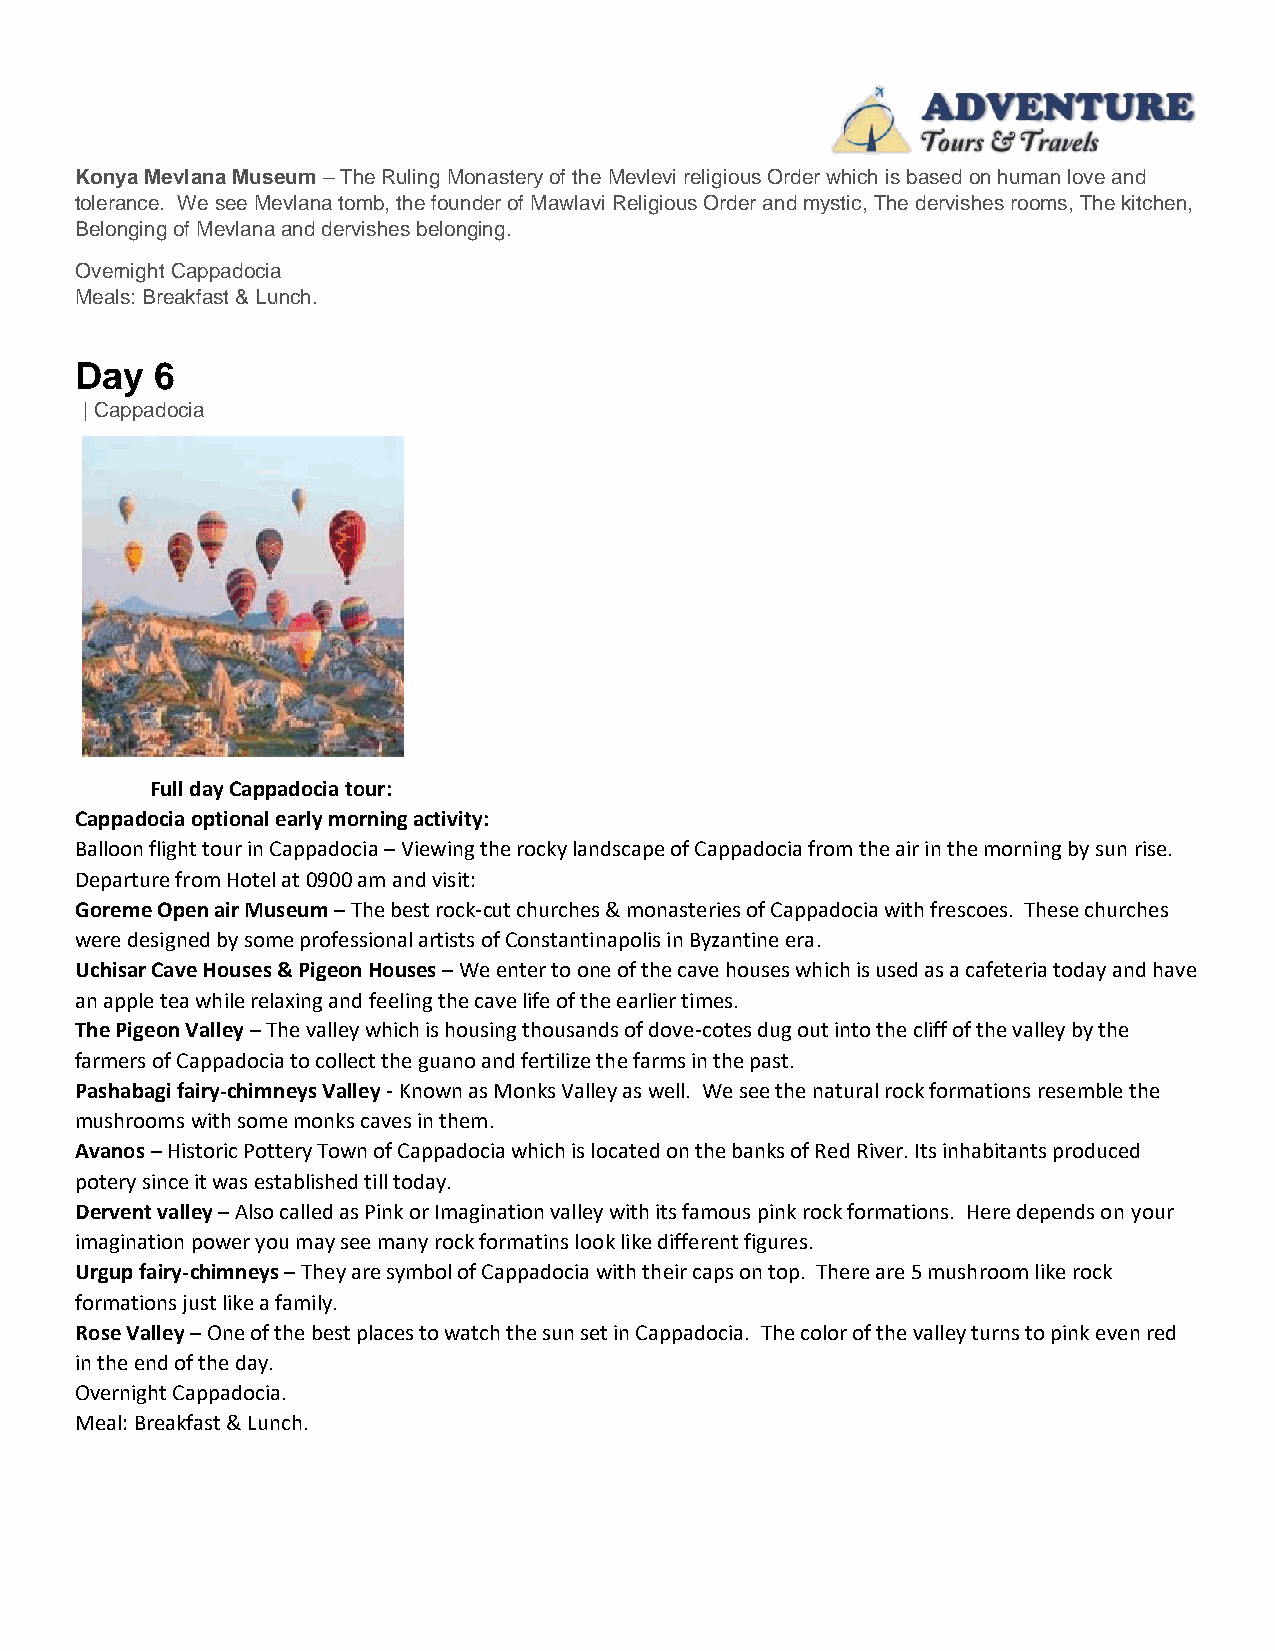
Konya Mevlana Museum – The Ruling Monastery of the Mevlevi religious Order which is based on human love and
 tolerance. We see Mevlana tomb, the founder of Mawlavi Religious Order and mystic, The dervishes rooms, The kitchen,
 Belonging of Mevlana and dervishes belonging.
 Overnight Cappadocia
 Meals: Breakfast & Lunch.
 Day  6
 | Cappadocia
 Full day Cappadocia tour:
 Cappadocia optional early morning activity:
 Balloon flight tour in Cappadocia – Viewing the rocky landscape of Cappadocia from the air in the morning by sun rise.
 Departure from Hotel at 0900 am and visit:
 Goreme Open air Museum – The best rock-cut churches & monasteries of Cappadocia with frescoes. These churches
 were designed by some professional artists of Constantinapolis in Byzantine era.
 Uchisar Cave Houses & Pigeon Houses – We enter to one of the cave houses which is used as a cafeteria today and have
 an apple tea while relaxing and feeling the cave life of the earlier times.
 The Pigeon Valley – The valley which is housing thousands of dove-cotes dug out into the cliff of the valley by the
 farmers of Cappadocia to collect the guano and fertilize the farms in the past.
 Pashabagi fairy-chimneys Valley - Known as Monks Valley as well. We see the natural rock formations resemble the
 mushrooms with some monks caves in them.
 Avanos – Historic Pottery Town of Cappadocia which is located on the banks of Red River. Its inhabitants produced
 potery since it was established till today.
 Dervent valley – Also called as Pink or Imagination valley with its famous pink rock formations. Here depends on your
 imagination power you may see many rock formatins look like different figures.
 Urgup fairy-chimneys – They are symbol of Cappadocia with their caps on top. There are 5 mushroom like rock
 formations just like a family.
 Rose Valley – One of the best places to watch the sun set in Cappadocia. The color of the valley turns to pink even red
 in the end of the day.
 Overnight Cappadocia.
 Meal: Breakfast & Lunch.